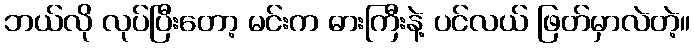
ဘယ်လို လုပ်ပြီးတော့ မင်းက ဓားကြီးနဲ့ ပင်လယ် ဖြတ်မှာလဲတဲ့။